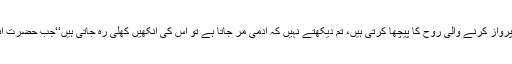
اس موقع پر آپؐ نے فرمایا میت کی جان نکل رہی ہوتی ہے تو اس کی نگاہیں پرواز کرنے والی روح کا پیچھا کرتی ہیں، تم دیکھتے نہیں کہ آدمی مر جاتا ہے تو اس کی آنکھیں کھلی رہ جاتی ہیں‘‘جب حضرت ابوسلمہؓ کا دم نکل گیا تو آپﷺ نے دست مبارک سے ان کی آنکھیں بند کر دیں۔